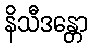
နိသီဒန္တော